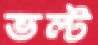
ভল্ট